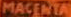
MACENTA